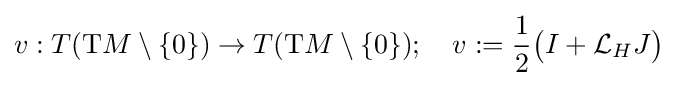
v:T(\mathrm {T} M\setminus \{0\})\to T(\mathrm {T} M\setminus \{0\});\quad v:={\frac {1}{2}}{\big (}I+{\mathcal {L}}_{H}J{\big )}